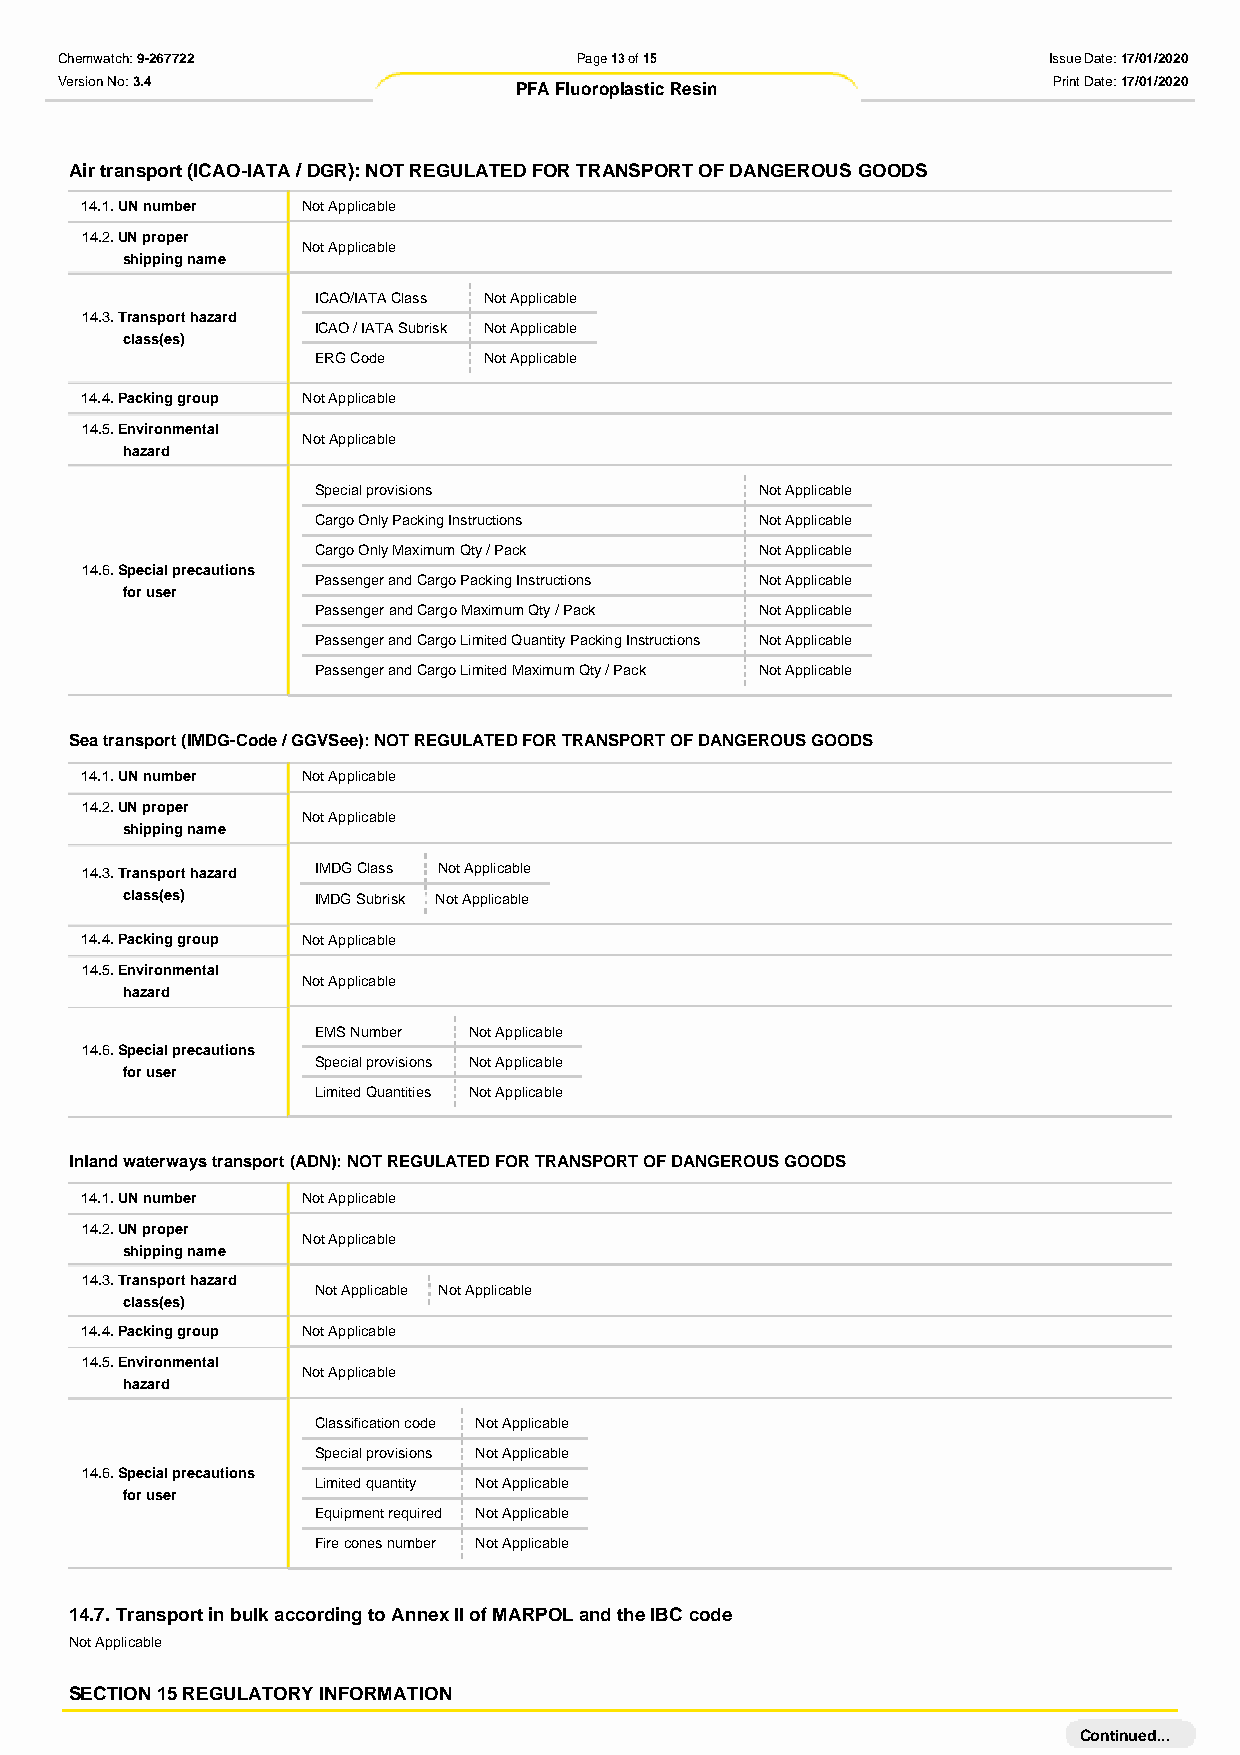
Chemwatch: 9-267722               Page 13 of 15                  Issue Date: 17/01/2020
 Version No: 3.4               PFA Fluoroplastic Resin             Print Date: 17/01/2020
 Air transport (ICAO-IATA / DGR): NOT REGULATED FOR TRANSPORT OF DANGEROUS GOODS
 14.1. UN number Not Applicable
 14.2. UN proper
 Not Applicable
 shipping name
 ICAO/IATA Class Not Applicable
 14.3. Transport hazard
 ICAO / IATA Subrisk Not Applicable
 class(es)
 ERG Code   Not Applicable
 14.4. Packing group Not Applicable
 14.5. Environ mental
 Not Applicable
 hazard
 Special provisions           Not Applicable
 Cargo Only Packing Instructions Not Applicable
 Cargo Only Maximum Qty / Pack Not Applicable
 14.6. Special p recautions
 Passenger and Cargo Packing Instructions Not Applicable
 for user
 Passenger and Cargo Maximum Qty / Pack Not Applicable
 Passenger and Cargo Limited Quantity Packing Instructions Not Applicable
 Passenger and Cargo Limited Maximum Qty / Pack Not Applicable
 Sea transport (IMDG-Code / GGVSee): NOT REGULATED FOR TRANSPORT OF DANGEROUS GOODS
 14.1. UN number Not Applicable
 14.2. UN proper
 Not Applicable
 shipping name
 14.3. Transport hazard IMDG Class Not Applicable
 class(es)    IMDG Subrisk Not Applicable
 14.4. Packing group Not Applicable
 14.5. Environ mental
 Not Applicable
 hazard
 EMS Number Not Applicable
 14.6. Special p recautions
 Special provisions Not Applicable
 for user
 Limited Quantities Not Applicable
 Inland waterways transport (ADN): NOT REGULATED FOR TRANSPORT OF DANGEROUS GOODS
 14.1. UN number Not Applicable
 14.2. UN proper
 Not Applicable
 shipping name
 14.3. Transport hazard
 Not Applicable Not Applicable
 class(es)
 14.4. Packing group Not Applicable
 14.5. Environ mental
 Not Applicable
 hazard
 Classification code Not Applicable
 Special provisions Not Applicable
 14.6. Special p recautions
 Limited quantity Not Applicable
 for user
 Equipment required Not Applicable
 Fire cones number Not Applicable
 14.7. Transport in bulk according to Annex II of MARPOL and the IBC code
 Not Applicable
 SECTION 15 REGULATORY INFORMATION
 Continued...